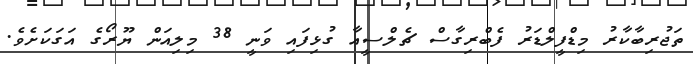
ތަޖުރިބާކާރު މިޑްފީލްޑަރު ފެބްރިގާސް ޗެލްސީއާ ގުޅިފައި ވަނީ 38 މިލިއަން ޔޫރޯގެ އަގަކަށެވެ.